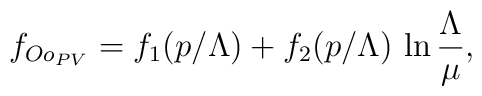
f_{Oo_{PV}} = f_1(p/\Lambda) + f_2(p/\Lambda)\,\ln\frac{\Lambda}{\mu},